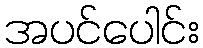
အပင်ပေါင်း